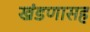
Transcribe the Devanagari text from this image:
खंडणासह